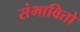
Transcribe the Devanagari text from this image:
संभावितो